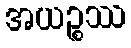
အယဉ္စဿ